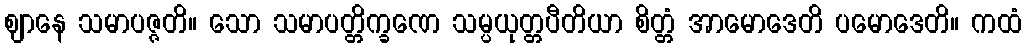
ဈာနေ သမာပဇ္ဇတိ။ သော သမာပတ္တိက္ခဏေ သမ္ပယုတ္တပီတိယာ စိတ္တံ အာမောဒေတိ ပမောဒေတိ။ ကထံ